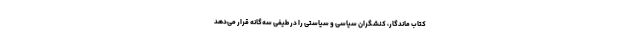
کتاب ماندگار، کنشگران سیاسی و سیاستی را در طیفی سه‌گانه قرار می‌دهد